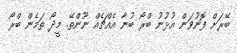
ބޭރަށް ފޮނުވަން އުޅުނު ބްރޯ ބުނާ އެއްޗެއް ނޫންތޭ. މީދޯ ތަމެން ބްރޯ